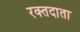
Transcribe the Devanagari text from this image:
रक्‍तदाता